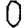
Digit: 0